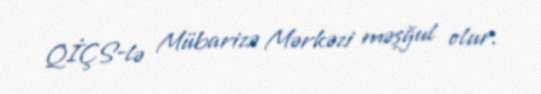
QİÇS-lə Mübarizə Mərkəzi məşğul olur.